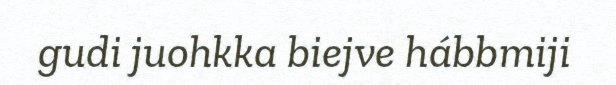
gudi juohkka biejve hábbmiji